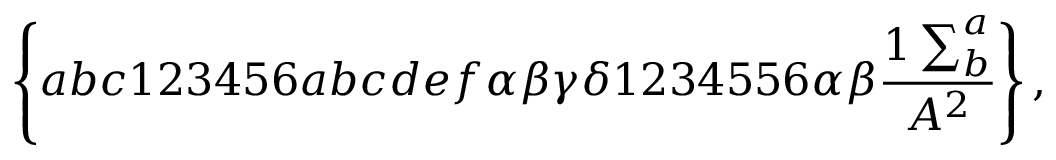
\left\{ a b c 1 2 3 4 5 6 a b c d e f \alpha \beta \gamma \delta 1 2 3 4 5 5 6 \alpha \beta \frac { 1 \sum _ { b } ^ { a } } { A ^ { 2 } } \right\} ,